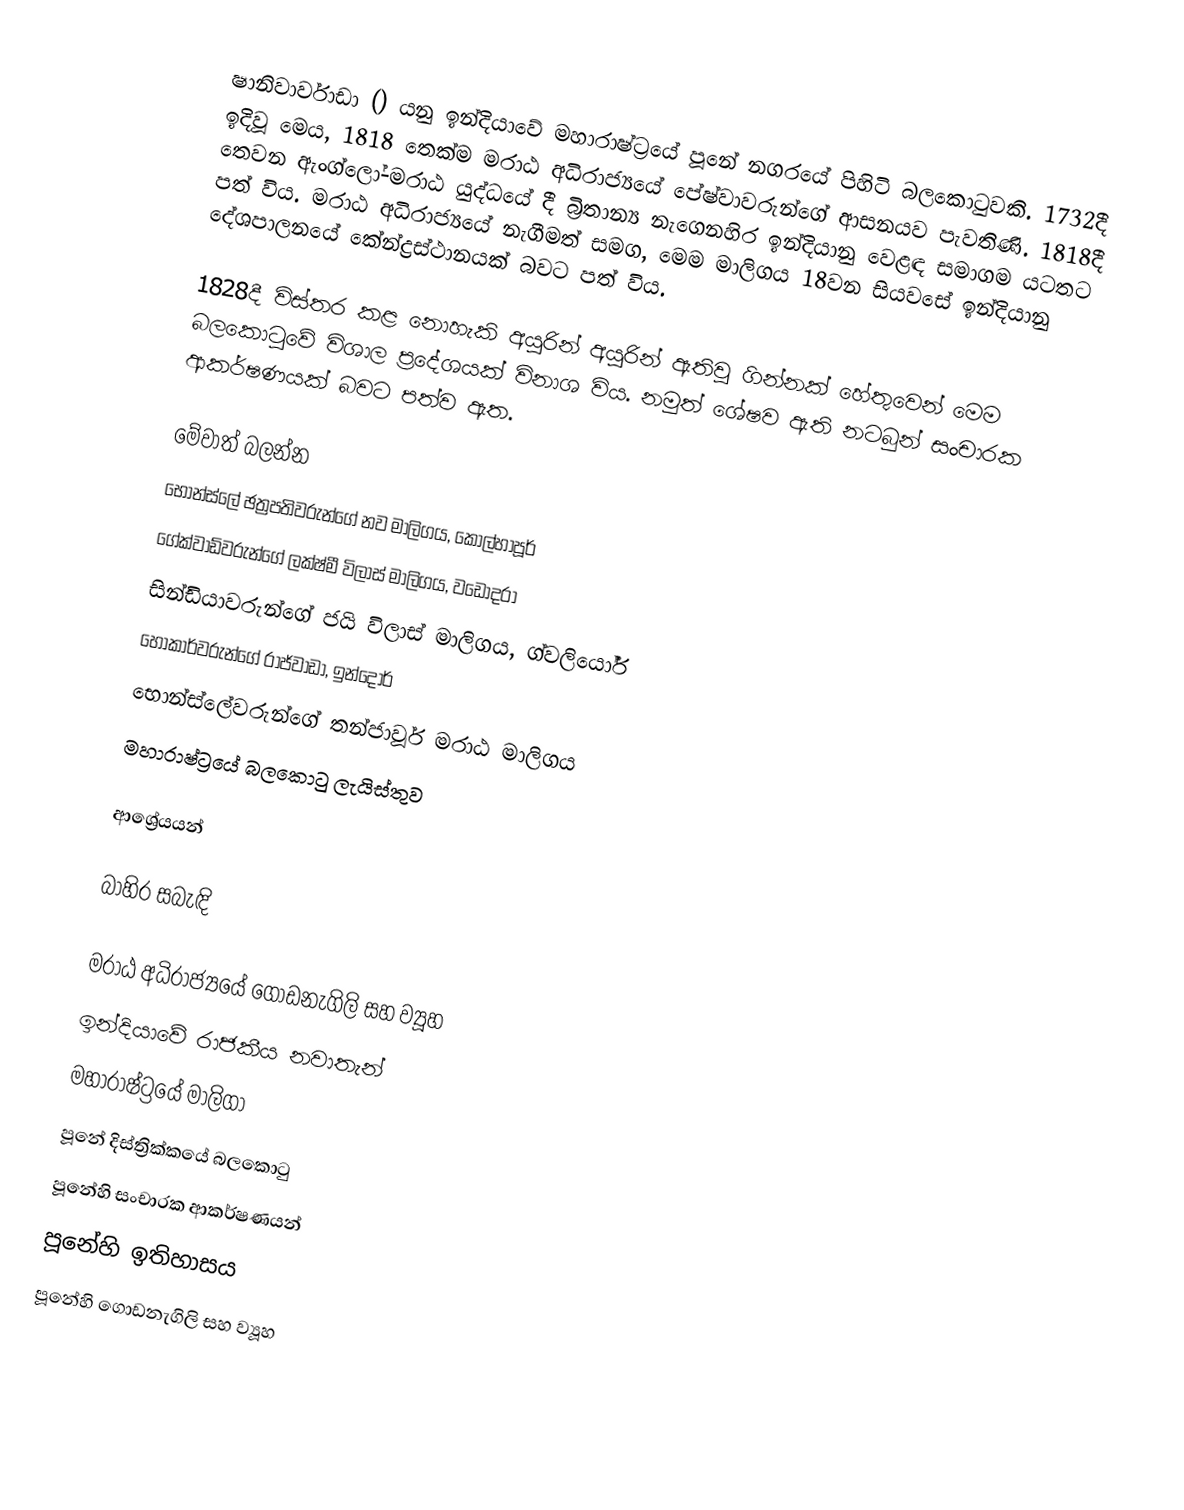
ෂානිවාර්වාඩා () යනු ඉන්දියාවේ මහාරාෂ්ට්‍රයේ පූනේ නගරයේ පිහිටි බලකොටුවකි. 1732දී ඉදිවූ මෙය, 1818 තෙක්ම මරාඨ අධිරාජ්‍යයේ පේෂ්වාවරුන්ගේ ආසනයව පැවතිණි. 1818දී තෙවන ඇංග්ලෝ-මරාඨ යුද්ධයේ දී බ්‍රිතාන්‍ය නැගෙනහිර ඉන්දියානු වෙළඳ සමාගම යටතට පත් විය.  මරාඨ අධිරාජ්‍යයේ නැගීමත් සමග, මෙම මාලිගය 18වන සියවසේ ඉන්දියානු දේශපාලනයේ කේන්ද්‍රස්ථානයක් බවට පත් විය.

1828දී  විස්තර කළ නොහැකි අයුරින් අයුරින් ඇතිවූ ගින්නක් හේතුවෙන් මෙම බලකොටුවේ විශාල ප්‍රදේශයක් විනාශ විය. නමුත් ශේෂව ඇති නටබුන් සංචාරක ආකර්ෂණයක් බවට පත්ව ඇත.

මේවාත් බලන්න
භොන්ස්ලේ ඡත්‍රපතිවරුන්ගේ නව මාලිගය, කොල්හාපූර්
ගේක්වාඩ්වරුන්ගේ ලක්ෂ්මී විලාස් මාලිගය, වඩෝදරා
සින්ඩියාවරුන්ගේ ජයි විලාස් මාලිගය, ග්වලියෝර්
හෝකාර්වරුන්ගේ රාජ්වාඩා, ඉන්දෝර්
භොන්ස්ලේවරුන්ගේ තන්ජාවූර් මරාඨ මාලිගය
මහාරාෂ්ට්‍රයේ බලකොටු ලැයිස්තුව

ආශ්‍රේයයන්

බාහිර සබැඳි

මරාඨ අධිරාජ්‍යයේ ගොඩනැගිලි සහ ව්‍යූහ
ඉන්දියාවේ රාජකීය නවාතැන්
මහාරාෂ්ට්‍රයේ මාලිගා
පූනේ දිස්ත්‍රික්කයේ බලකොටු
පූනේහි සංචාරක ආකර්ෂණයන්
පූනේහි ඉතිහාසය
පූනේහි ගොඩනැගිලි සහ ව්‍යූහ